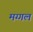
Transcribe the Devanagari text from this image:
मग्गल